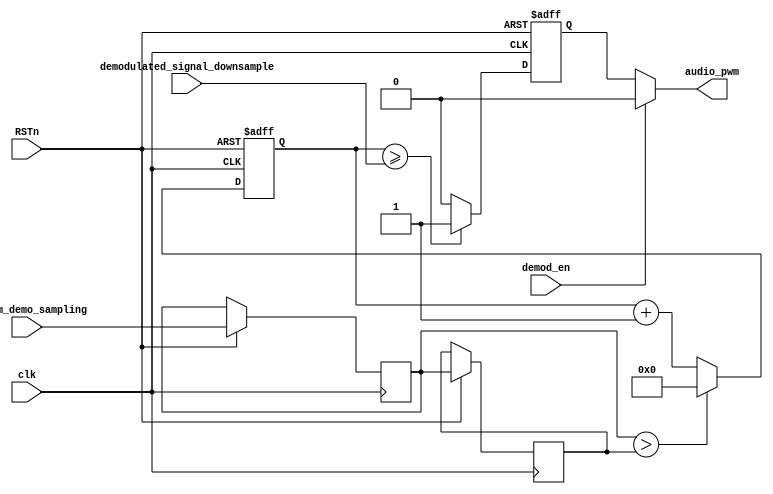

module Audio_PWM 
(
	input clk_fm_demo_sampling,
	input clk,
	input RSTn,		
    input demod_en,
    //input wire [9:0] demodulated_signal_downsample,	    
    input wire [13:0] demodulated_signal_downsample,	
	output wire audio_pwm    
);	


//pwm generation simulate the DAC using 10bit range
reg	[15:0] cnt = 0;
reg audio_pwm_reg;

reg N_1=1'b0;
reg N=1'b0;

always @ (posedge clk or negedge RSTn) begin
	if(~RSTn) cnt <= 10'b0;
        else begin
            N_1<=N;
            N<=clk_fm_demo_sampling;
            if(N>N_1)
               cnt <= 10'b0;
            else 
               cnt <= cnt + 1'b1;
        end
end

always @ (posedge clk or negedge RSTn) begin
	if(~RSTn) audio_pwm_reg <= 1'b0;
    else if(cnt >= (demodulated_signal_downsample)) audio_pwm_reg <= 1'b1;
	else audio_pwm_reg <= 1'b0;	
end

assign audio_pwm = (~demod_en)?audio_pwm_reg:1'b0;

 
endmodule